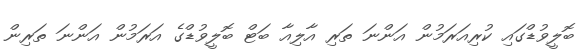
ބޮލީވުޑްގައި ކުރިއަރަމުން އަންނަ ތަރި އާލިއާ ބަޓް ބޮލީވުޑްގެ އަރަމުން އަންނަ ތަރިން